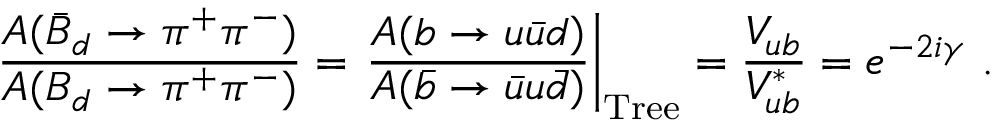
\frac { A ( \bar { B } _ { d } \to \pi ^ { + } \pi ^ { - } ) } { A ( B _ { d } \to \pi ^ { + } \pi ^ { - } ) } = \left. \frac { A ( b \to u \bar { u } d ) } { A ( \bar { b } \to \bar { u } u \bar { d } ) } \right| _ { \mathrm { T r e e } } = \frac { V _ { u b } } { V _ { u b } ^ { * } } = e ^ { - 2 i \gamma } ~ .